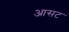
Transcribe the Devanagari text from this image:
आसट